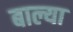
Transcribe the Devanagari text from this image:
बाल्या